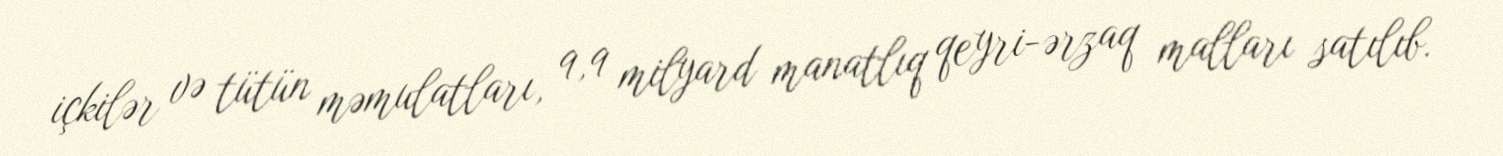
içkilər və tütün məmulatları, 9,9 milyard manatlıq qeyri-ərzaq malları satılıb.